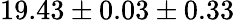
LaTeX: {19.43\pm 0.03\pm 0.33}